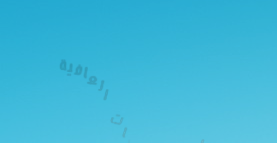
محل بيع منتجات العافية